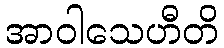
အာဝါသေဟီတိ